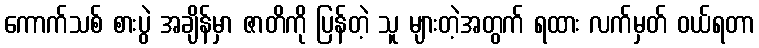
ကောက်သစ် စားပွဲ အချိန်မှာ ဇာတိကို ပြန်တဲ့ သူ များတဲ့အတွက် ရထား လက်မှတ် ဝယ်ရတာ